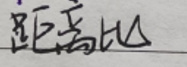
距离比